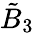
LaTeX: {\tilde{B}}_{3}